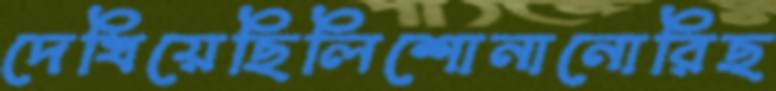
দেখিয়েছিলিশোনানোরিছ